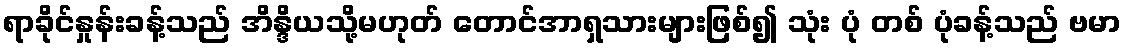
ရာခိုင်နှုန်းခန့်သည် အိန္ဒိယသို့မဟုတ် တောင်အာရှသားများဖြစ်၍ သုံး ပုံ တစ် ပုံခန့်သည် ဗမာ